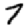
Digit: 7